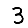
Digit: 3